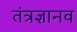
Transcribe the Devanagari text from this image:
तंत्रज्ञानव